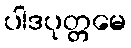
ပါဒပုတ္တမေ